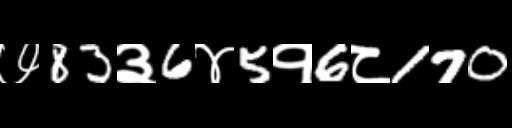
Text: ७83३6४5१6८170